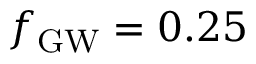
\ensuremath { f _ { \mathrm { G W } } } = 0 . 2 5